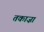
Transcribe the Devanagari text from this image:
तकाज़ा